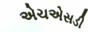
એચએસડી